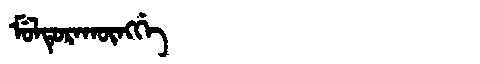
Manchu: ᠮᡠᠯᡨᡠᡵᠠᡴᡡᠩᡤᡝ
Romanization: MULTURAKŪNGGE